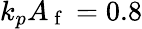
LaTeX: k_{p}A_{\mathrm{~f~}}=0.8